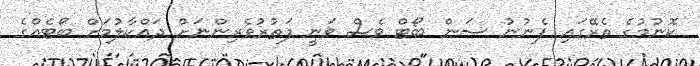
ކޮނުމުގެ ތެރޭގައި ފެނުނު ސަން ބޯޓް ވެސް ވަނީ ފަތުރުވެރިންނަށް ދައްކާލުމަށް ބޯޓެއްގެ